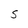
Character: S